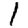
Digit: 1